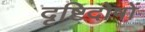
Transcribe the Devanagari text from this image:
दृष्टिदोषों